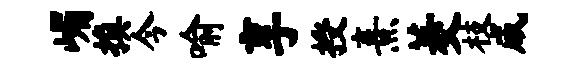
嵋换今喻享授熹菱枝咸